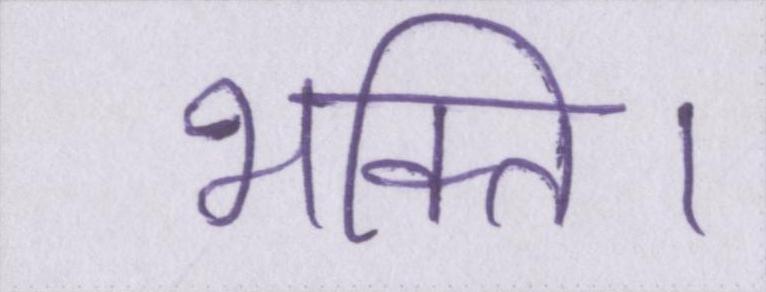
भक्ति।